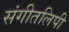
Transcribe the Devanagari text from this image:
संगीतलिपी